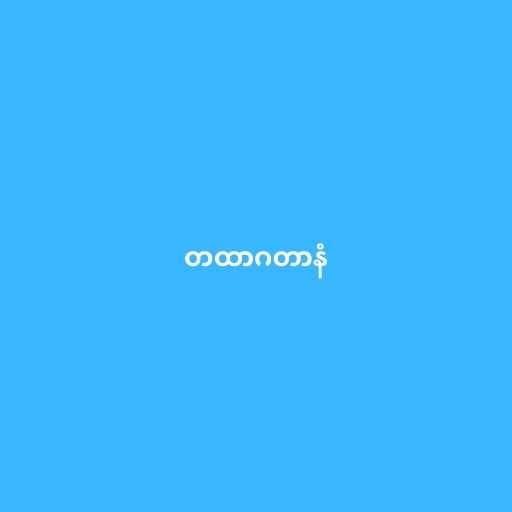
တထာဂတာနံ